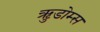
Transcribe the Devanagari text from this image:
ऋुडोम्स